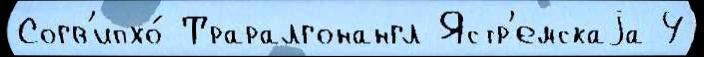
Согв'ипхо́ Траралгонангл Ястр'емскаjа 4